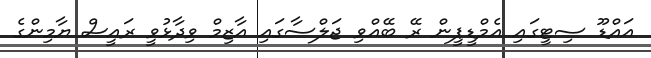
އައްޑޫ ސިޓީގައި އެމްޑީޕީން ރޭ ބޭއްވި ޖަލްސާގައި އާޒިމް ވިދާޅުވީ ރައީސް ޔާމިންގެ